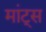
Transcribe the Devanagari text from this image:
मांट्स